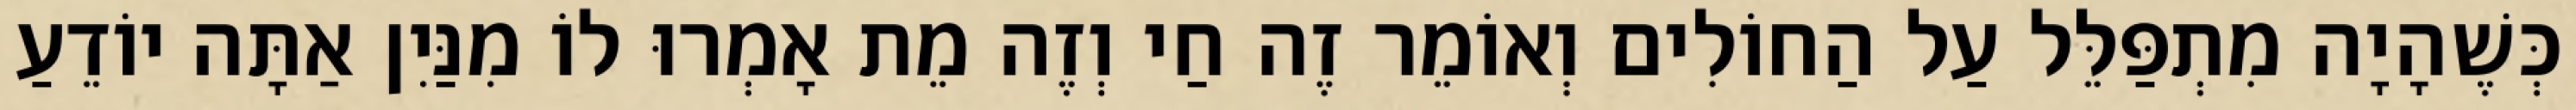
כְּשֶׁהָיָה מִתְפַּלֵּל עַל הַחוֹלִים וְאוֹמֵר זֶה חַי וְזֶה מֵת אָמְרוּ לוֹ מִנַּיִן אַתָּה יוֹדֵעַ